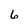
Character: 6